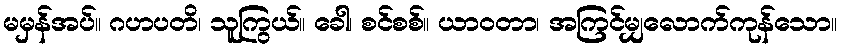
မမှန်အပ်။ ဂဟပတိ၊ သူကြွယ်။ ခေါ၊ စင်စစ်။ ယာဝတာ၊ အကြင်မျှလောက်ကုန်သော။